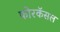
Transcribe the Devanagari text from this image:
फोरकॅसल